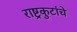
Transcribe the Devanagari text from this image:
राष्ट्रकुटांचे